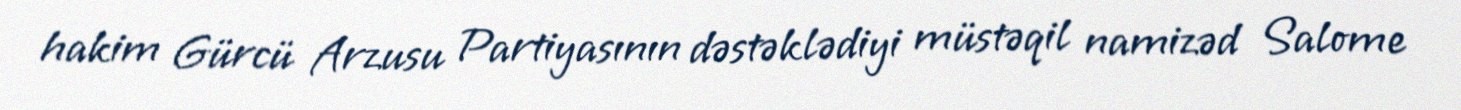
hakim Gürcü Arzusu Partiyasının dəstəklədiyi müstəqil namizəd Salome